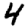
Digit: 4